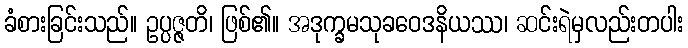
ခံစားခြင်းသည်။ ဥပ္ပဇ္ဇတိ၊ ဖြစ်၏။ အဒုက္ခမသုခဝေဒနိယဿ၊ ဆင်းရဲမှလည်းတပါး